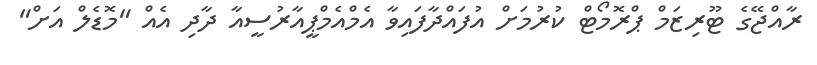
ރާއްޖޭގެ ޓޫރިޒަމް ޕްރޮމޯޓް ކުރުމަށް އުފައްދާފައިވާ އެމްއެމްޕީއާރުސީއާ ދާދި އެއް "މޮޑެލް އަށް"